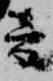
音